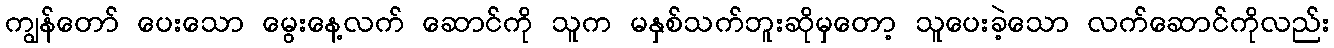
ကျွန်တော် ပေးသော မွေးနေ့လက် ဆောင်ကို သူက မနှစ်သက်ဘူးဆိုမှတော့ သူပေးခဲ့သော လက်ဆောင်ကိုလည်း